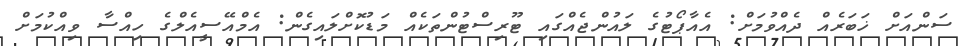
ސަންއަށް ޚަބަރެއް ދެއްވުމަށް: އެއާޕޯޓުގެ ލައުންޖެއްގައި ޓޫރިސްޓުންތަކެއް މަޑުކޮށްލައިގެން: އެމްއޭސީއެލްގެ ހިއްސާ ވިއްކުމަށް